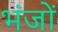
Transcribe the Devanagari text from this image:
भंजों